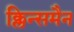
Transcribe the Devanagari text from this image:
क्लिन्समैन